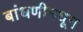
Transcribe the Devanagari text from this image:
बांधणीमधून